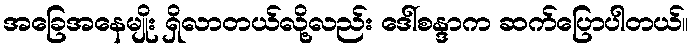
အခြေအနေမျိုး ရှိလာတယ်လို့လည်း ဒေါ်စန္ဒာက ဆက်ပြောပါတယ်။